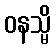
ဝနသ္မိ